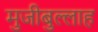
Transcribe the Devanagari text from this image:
मुजीबुल्लाह